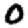
Digit: 0